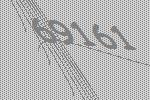
69161